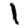
Digit: 1